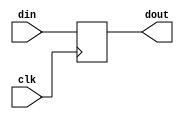
`timescale 1ns / 1ps
//////////////////////////////////////////////////////////////////////////////////
// Company: 
// Engineer: 
// 
// Design Name: 
// Module Name: reg_p
// Project Name: 
// Target Devices: 
// Tool Versions: 
// Description: 
// 
// Dependencies: 
// 
// Revision:
// Revision 0.01 - File Created
// Additional Comments:
// 
//////////////////////////////////////////////////////////////////////////////////


module reg_p(clk, din, dout);
    input clk;
    input [31:0] din;
    output reg [31:0] dout = 32'hFFFFFFFC;
    
    always@(posedge clk)begin
        dout = din;
    end
    
endmodule